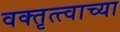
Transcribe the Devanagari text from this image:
वक्तृत्त्वाच्या